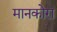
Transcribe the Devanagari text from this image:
मानकोरा